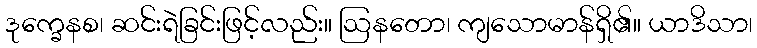
ဒုက္ခေနစ၊ ဆင်းရဲခြင်းဖြင့်လည်း။ ဩနတော၊ ကျသောမာန်ရှိ၏။ ယာဒိသာ၊